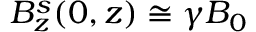
B _ { z } ^ { s } ( 0 , z ) \cong \gamma B _ { 0 }